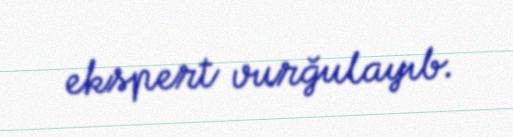
ekspert vurğulayıb.